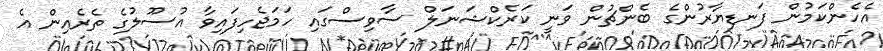
އެހެންކަމުން ފަނޑިޔާރުންގެ ބެންޗުން ވަނީ ކަރެކްޝަނަލް ސާވިސްގައި ހަމަޖެހިފައިވާ އުސޫލުގެ ތެރެއިން އެ